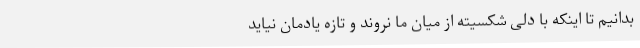
بدانیم تا اینکه با دلی شکسیته از میان ما نروند و تازه یادمان نیاید